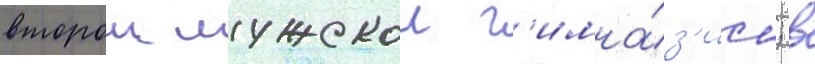
второи мужскои г'имна́з'ии; в